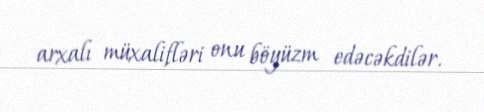
arxalı müxalifləri onu böyüzm edəcəkdilər.